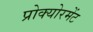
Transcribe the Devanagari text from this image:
प्रोक्योरमेंट